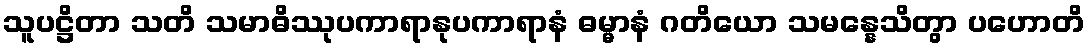
သူပဋ္ဌိတာ သတိ သမာဓိဿုပကာရာနုပကာရာနံ ဓမ္မာနံ ဂတိယော သမန္နေသိတွာ ပဟောတိ